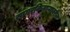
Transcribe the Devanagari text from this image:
सागरकिनाऱ्यावरील